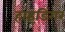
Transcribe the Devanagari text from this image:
हाइडिंगर